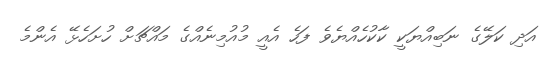
އަދި ކަލޭގެ ނަބިއްޔަކީ ކާކުހެއްޔެވެ ފަހެ އެއީ މުއުމިނެއްގެ މައްޗަށް ހުށަހެޅޭ އެންމެ